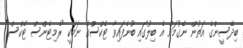
ބިދޭސީންގެ އަތުން ނެގުމަށް އެ ބިލުގައި ބުނެފައިވާ ޓެކްސްގެ ނަމަކީ "ރެމިޓެންސް ޓެކްސް"